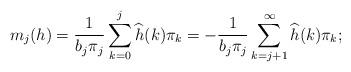
LaTeX: \begin{align*}m_j(h)=\frac{1}{b_j\pi_j}\sum_{k=0}^j\widehat{h}(k)\pi_k=-\frac{1}{b_j\pi_j}\sum_{k=j+1}^\infty\widehat{h}(k)\pi_k;\end{align*}